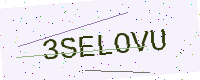
Text: 3SELOVU